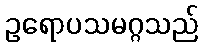
ဥရောပသမဂ္ဂသည်